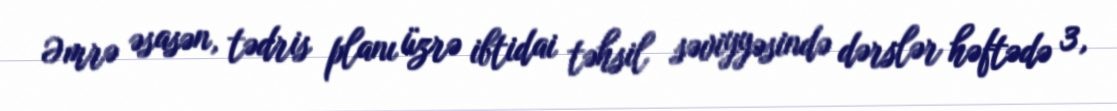
Əmrə əsasən, tədris planı üzrə ibtidai təhsil səviyyəsində dərslər həftədə 3,